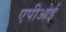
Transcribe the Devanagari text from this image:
एपीओई